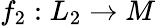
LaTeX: f_{2}:L_{2}\to M